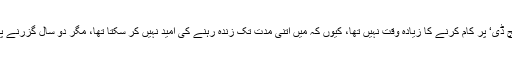
ان حالات میں بہ ظاہر میرے لیے ’پی ایچ ڈی‘ پر کام کرنے کا زیادہ وقت نہیں تھا، کیوں کہ میں اتنی مدت تک زندہ رہنے کی امید نہیں کر سکتا تھا، مگر دو سال گزرنے پر بھی میرا حال زیادہ خراب نہیں ہوا تھا۔